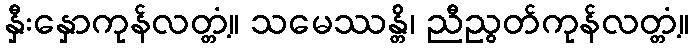
နှီးနှောကုန်လတ္တံ့။ သမေဿန္တိ၊ ညီညွတ်ကုန်လတ္တံ့။